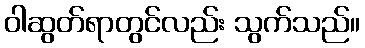
ဝါဆွတ်ရာတွင်လည်း သွက်သည်။